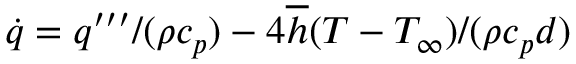
\dot { q } = q ^ { \prime \prime \prime } / ( \rho c _ { p } ) - 4 \overline { { h } } ( T - T _ { \infty } ) / ( \rho c _ { p } d )